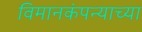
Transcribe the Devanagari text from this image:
विमानकंपन्याच्या